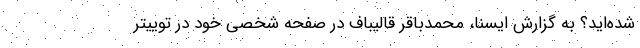
شده‌اید؟ به گزارش ایسنا، محمدباقر قالیباف در صفحه شخصی خود در توییتر